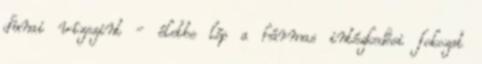
dunai vízszint - életbe lép a hármas intézkedési fokozat